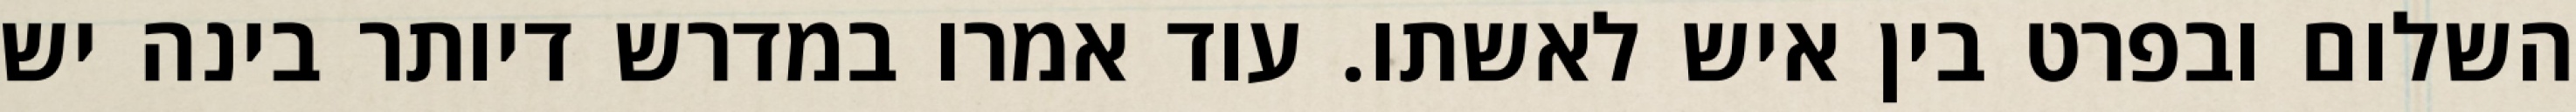
השלום ובפרט בין איש לאשתו. עוד אמרו במדרש דיותר בינה יש